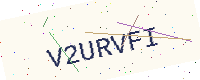
Text: V2URVFI